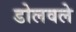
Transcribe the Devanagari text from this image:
डोलवले